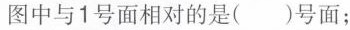
图中与1号面相对的是()号面；